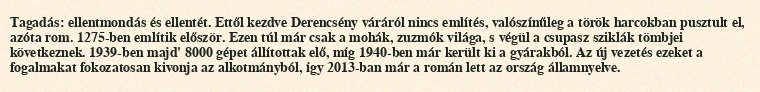
Tagadás: ellentmondás és ellentét. Ettől kezdve Derencsény váráról nincs említés, valószínűleg a török harcokban pusztult el, azóta rom. 1275-ben említik először. Ezen túl már csak a mohák, zuzmók világa, s végül a csupasz sziklák tömbjei következnek. 1939-ben majd' 8000 gépet állítottak elő, míg 1940-ben már került ki a gyárakból. Az új vezetés ezeket a fogalmakat fokozatosan kivonja az alkotmányból, így 2013-ban már a román lett az ország államnyelve.